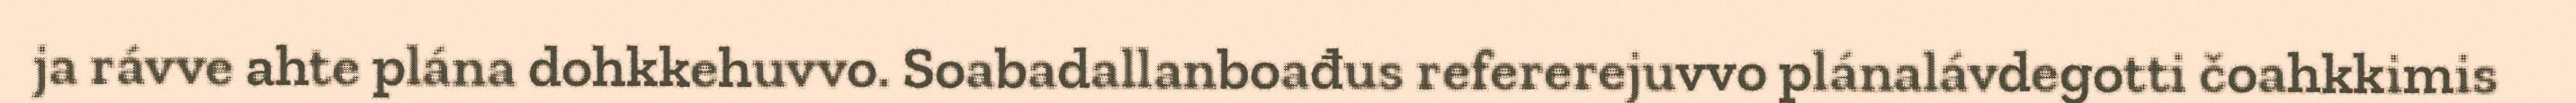
ja rávve ahte plána dohkkehuvvo. Soabadallanboađus refererejuvvo plánalávdegotti čoahkkimis